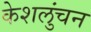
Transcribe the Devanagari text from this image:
केशलुंचन